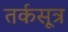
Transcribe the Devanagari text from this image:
तर्कसूत्र